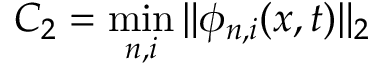
C _ { 2 } = \operatorname* { m i n } _ { n , i } \| \phi _ { n , i } ( \boldsymbol { x } , t ) \| _ { 2 }